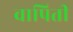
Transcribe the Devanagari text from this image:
वापिती